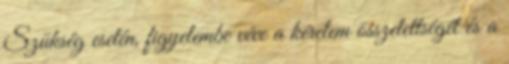
Szükség esetén, figyelembe véve a kérelem összetettségét és a